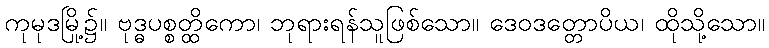
ကုမုဒမြို့၌။ ဗုဒ္ဓပစ္စတ္ထိကော၊ ဘုရားရန်သူဖြစ်သော။ ဒေဝဒတ္တောပိယ၊ ထိုသို့သော။